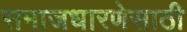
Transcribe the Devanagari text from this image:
समाजधारणेसाठी